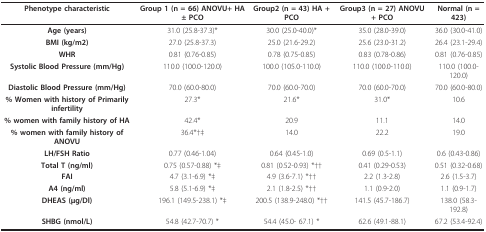
<table><thead><tr><td><b>Phenotype characteristic</b></td><td><b>Group 1 (n = 66) ANOVU+ HA ± PCO</b></td><td><b>Group2 (n = 43) HA + PCO</b></td><td><b>Group3 (n = 27) ANOVU + PCO</b></td><td><b>Normal (n = 423)</b></td></tr></thead><tbody><tr><td><b>Age (years)</b></td><td>31.0 (25.8-37.3)*</td><td>30.0 (25.0-40.0)*</td><td>35.0 (28.0-39.0)</td><td>36.0 (30.0-41.0)</td></tr><tr><td><b>BMI (kg/m2)</b></td><td>27.0 (25.8-37.3)</td><td>25.0 (21.6-29.2)</td><td>25.6 (23.0-31.2)</td><td>26.4 (23.1-29.4)</td></tr><tr><td><b>WHR</b></td><td>0.81 (0.76-0.85)</td><td>0.78 (0.75-0.85)</td><td>0.83 (0.78-0.86)</td><td>0.81 (0.76-0.85)</td></tr><tr><td><b>Systolic Blood Pressure (mm/Hg)</b></td><td>110.0 (100.0-120.0)</td><td>100.0 (105.0-110.0)</td><td>110.0 (100.0-110.0)</td><td>110.0 (100.0-120.0)</td></tr><tr><td><b>Diastolic Blood Pressure (mm/Hg)</b></td><td>70.0 (60.0-80.0)</td><td>70.0 (60.0-70.0)</td><td>70.0 (60.0-70.0)</td><td>70.0 (60.0-80.0)</td></tr><tr><td><b>% Women with history of Primarily infertility</b></td><td>27.3*</td><td>21.6*</td><td>31.0*</td><td>10.6</td></tr><tr><td><b>% women with family history of HA</b></td><td>42.4*</td><td>20.9</td><td>11.1</td><td>14.0</td></tr><tr><td><b>% women with family history of ANOVU</b></td><td>36.4*†‡</td><td>14.0</td><td>22.2</td><td>19.0</td></tr><tr><td><b>LH/FSH Ratio</b></td><td>0.77 (0.46-1.04)</td><td>0.64 (0.45-1.0)</td><td>0.69 (0.5-1.1)</td><td>0.6 (0.43-0.86)</td></tr><tr><td><b>Total T (ng/ml)</b></td><td>0.75 (0.57-0.88) *‡</td><td>0.81 (0.52-0.93) *††</td><td>0.41 (0.29-0.53)</td><td>0.51 (0.32-0.68)</td></tr><tr><td><b>FAI</b></td><td>4.7 (3.1-6.9) *‡</td><td>4.9 (3.6-7.1) *††</td><td>2.2 (1.3-2.8)</td><td>2.6 (1.5-3.7)</td></tr><tr><td><b>A4 (ng/ml)</b></td><td>5.8 (5.1-6.9) *‡</td><td>2.1 (1.8-2.5) *††</td><td>1.1 (0.9-2.0)</td><td>1.1 (0.9-1.7)</td></tr><tr><td><b>DHEAS (μg/Dl)</b></td><td>196.1 (149.5-238.1) *‡</td><td>200.5 (138.9-248.0) *††</td><td>141.5 (45.7-186.7)</td><td>138.0 (58.3-192.8)</td></tr><tr><td><b>SHBG (nmol/L)</b></td><td>54.8 (42.7-70.7) *</td><td>54.4 (45.0- 67.1) *</td><td>62.6 (49.1-88.1)</td><td>67.2 (53.4-92.4)</td></tr></tbody></table>